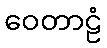
ဝေတာဠံ